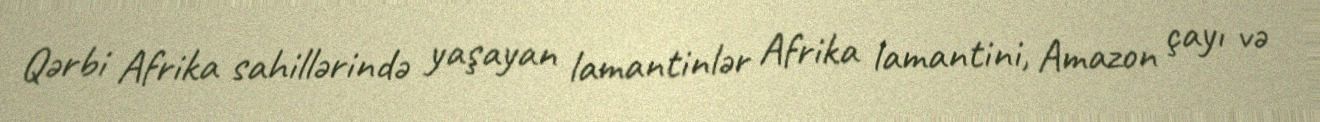
Qərbi Afrika sahillərində yaşayan lamantinlər Afrika lamantini, Amazon çayı və